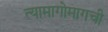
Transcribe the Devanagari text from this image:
त्यामागोमागची